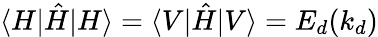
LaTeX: \langle H|\hat{H}|H\rangle=\langle V|\hat{H}|V\rangle=E_{d}(k_{d})